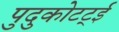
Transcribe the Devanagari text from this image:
पुदुकोटट्ई